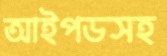
আইপডসহ